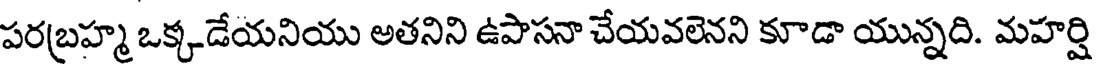
పరబ్రహ్మ ఒక్కడేయనియు అతనిని ఉపాసనా చేయవలెనని కూడా యున్నది. మహర్షి